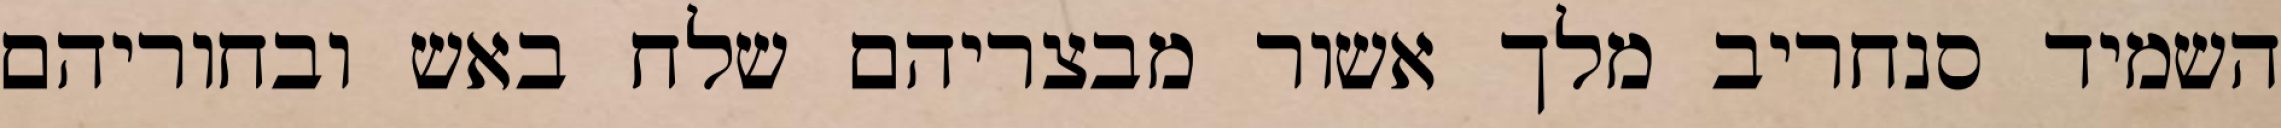
השמיד סנחריב מלך אשור מבצריהם שלח באש ובחוריהם